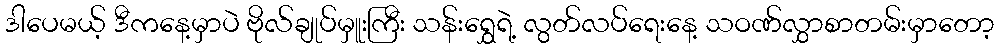
ဒါပေမယ့် ဒီကနေ့မှာပဲ ဗိုလ်ချုပ်မှူးကြီး သန်းရွှေရဲ့ လွတ်လပ်ရေးနေ့ သဝဏ်လွှာစာတမ်းမှာတော့